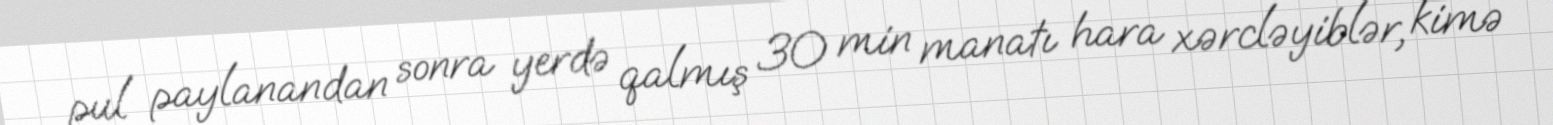
pul paylanandan sonra yerdə qalmış 30 min manatı hara xərcləyiblər, kimə